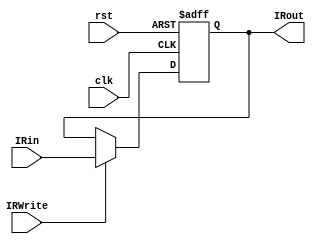
module ir(clk,rst,IRWrite,IRin,IRout);
    input clk,rst,IRWrite;
    input [31:0] IRin;
    output [31:0] IRout;
    reg [31:0] IRReg;
    
    assign IRout = IRReg; 
    always@(posedge clk or negedge rst)
    begin
      if(!rst)
        IRReg <= 0;
      else
        IRReg <= IRWrite?IRin:IRReg;
    end
endmodule